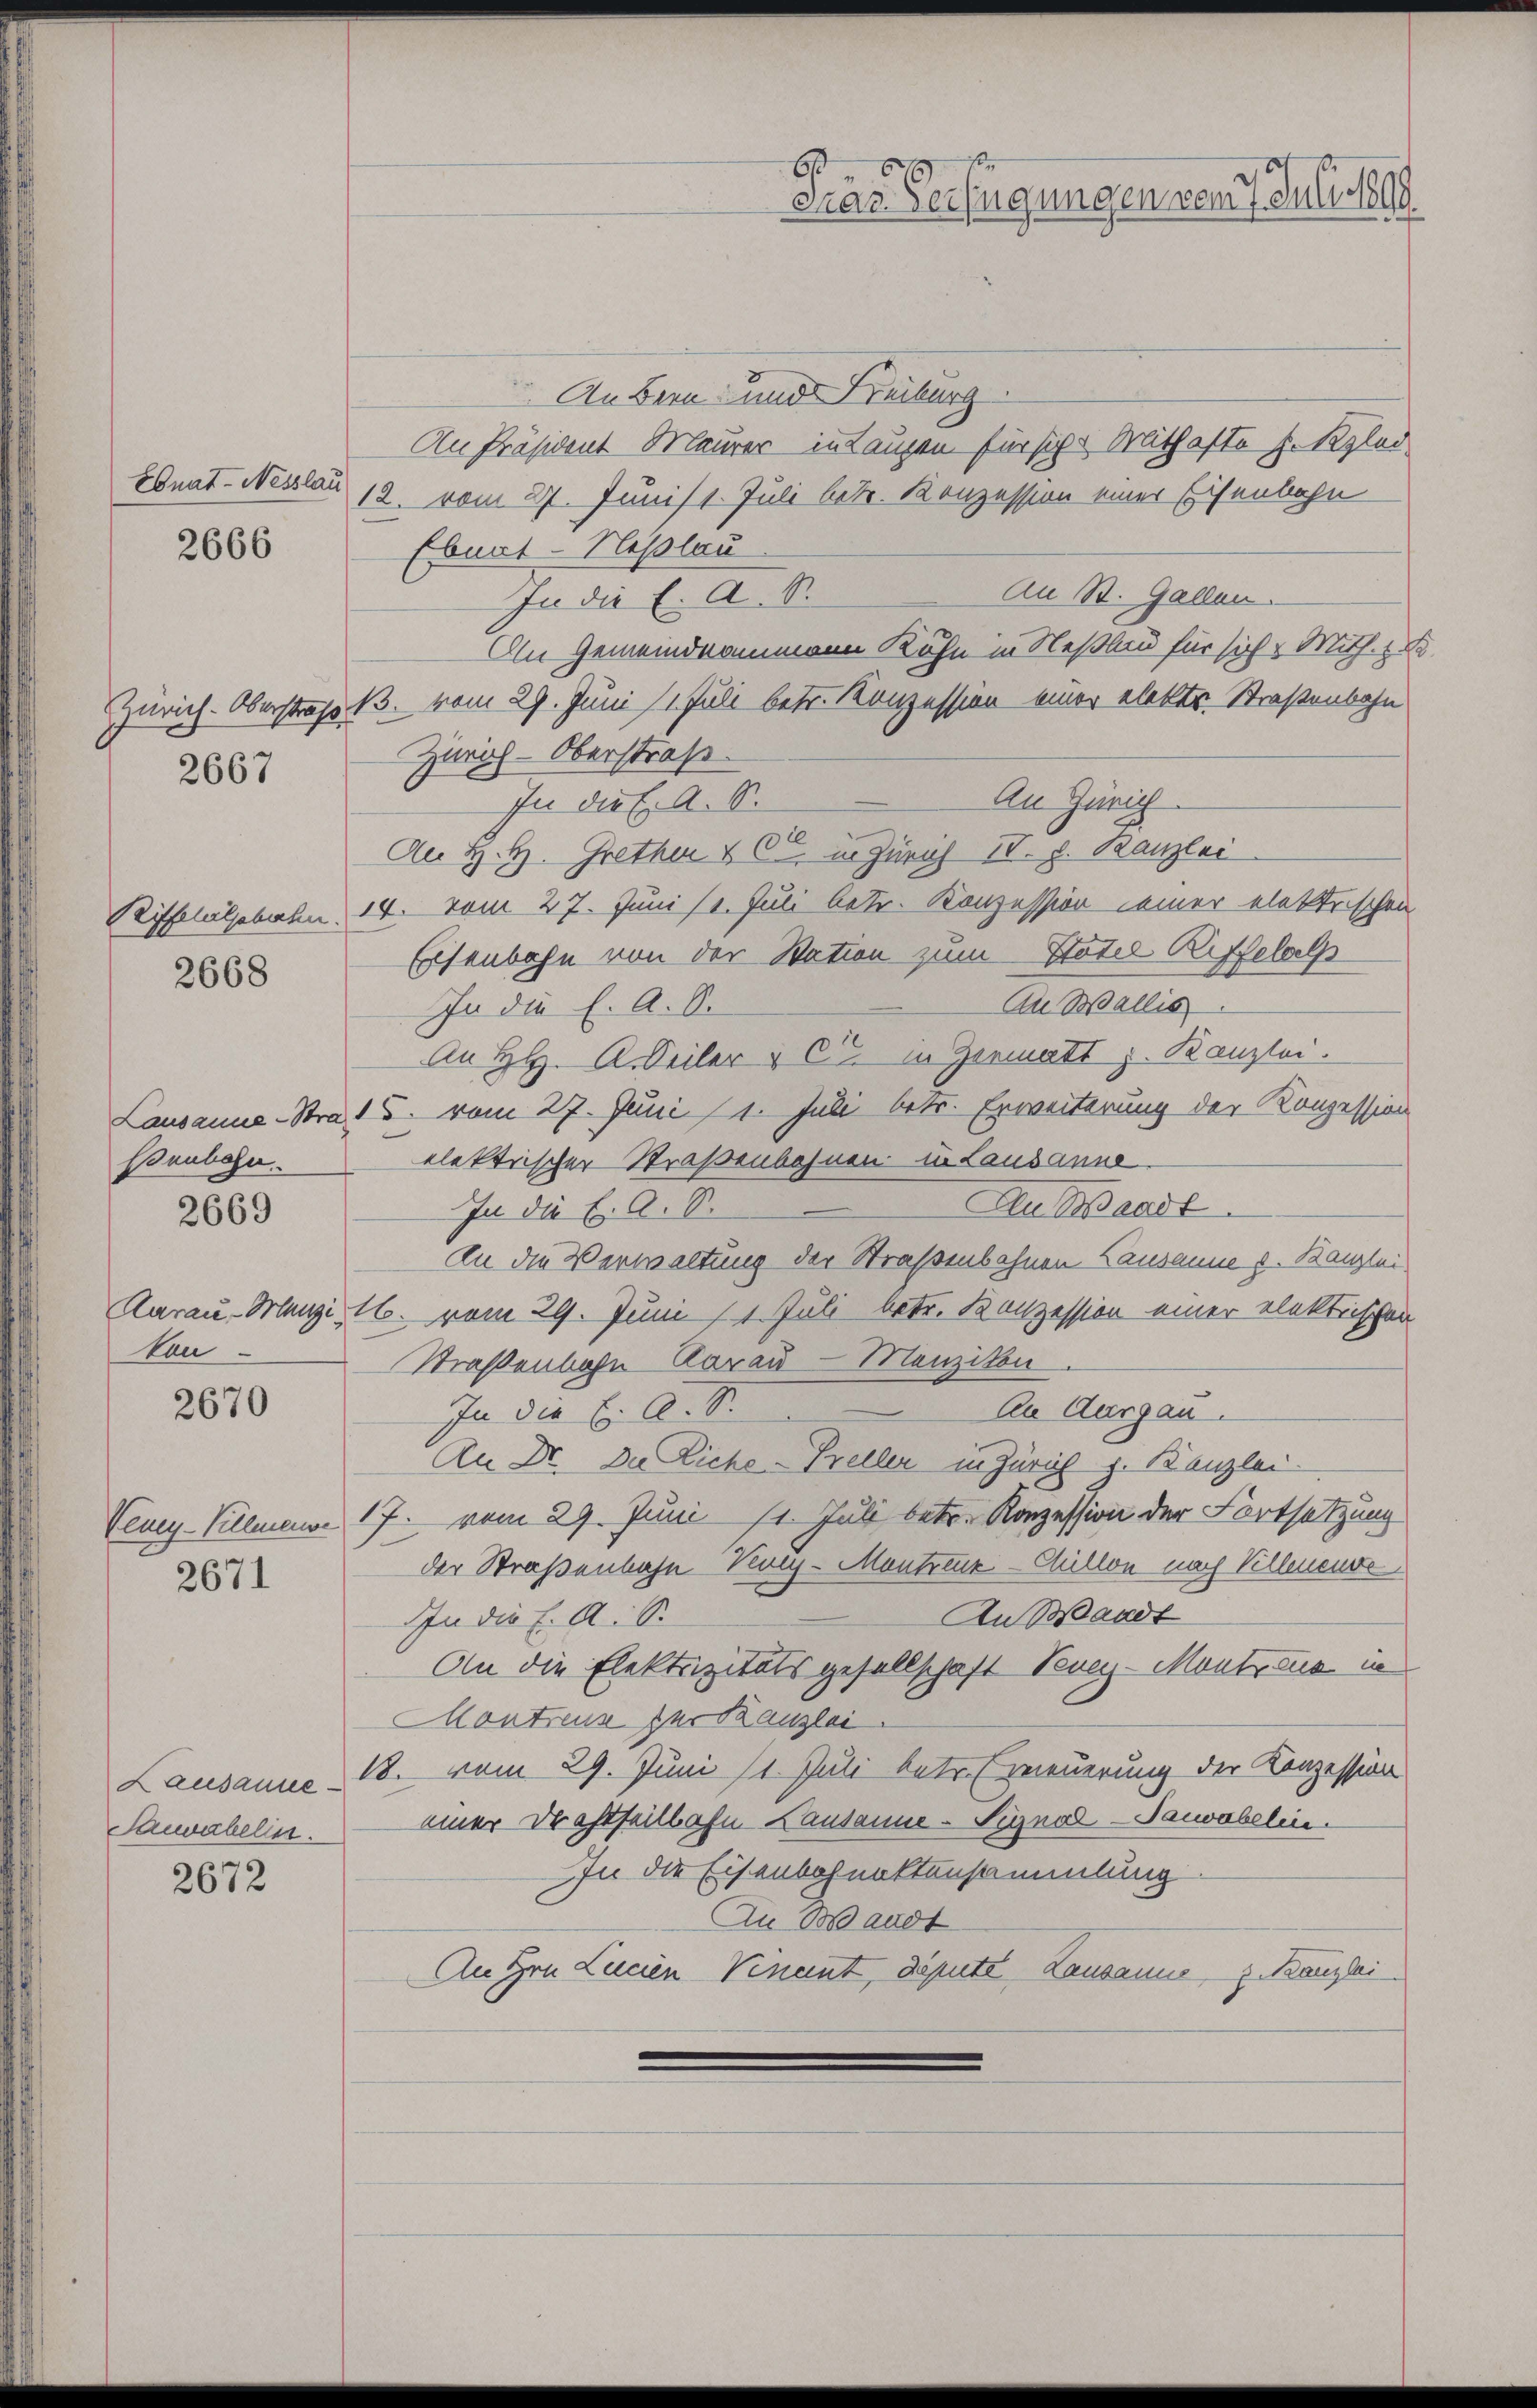
Ebnat- Nesslau

2666

2667

Riffeluljahrahn
2668

senbahn.
2669

ton

2670

2671

2672

Samvabelin.

66 xx
Dras Verfügungen vom 7. Juli 1890.

An Bern- und Freiburg.
An Präsident Maurer in Laupen für siche Mithafte I. Klei
12. vom 27. Junis 1. Juli betr. Konzession einer Eisenbahn
Ebnat-Neplau
An St. Gallen.
In die E. A. S.
An Gemeindeammann Kuhn in Neßlau für sich Mith. 18.
Zürich-Oberstraße 13. vom 29. Juni 11 Juli betr. Konzession einer elektr. Straßenbahn
Zürich-Oberstraß
An Zürich
In die E. A. S.
An H. H. Grethen & Cie in Zürich IV. d. Kanzlei
14. vom 27. Juni (1. Juli betr. Konzession seiner elektrischen
Esenbahn von der Station zum Stotel Riffelsl
An Wallis
In die E. a. O.
An H. A. Seiler & Cie in Germatt z. Kanzlei.
Lausanne-Stral S. vom 27. Juni 11. Juli betr. Erweiterung der Konzession
elektrischer Straßenbahnen u Lausanne
Au Waadt.
In die E. A. S.
An die Verwaltung der Straßenbahnen Lausanne u. Kanzlei
Aarau-Menzi, 16. vom 29. Juni 11. Juli betr. Konzession einer elektrischen
Straßenbahn Aarau Menzikon.
An Aargau.
In die l. A. S.
An Dr. Du Lich-Preller in Zürich z. Banzlei
Vevey-Villmann 17. vom 29. Juni 11. Juli betr. Konzession der Fortsetzung
der Straßenbahn Kon-Montreuz-Cillon nach Velleneuve
An Waadt
In die E. A. S.
An die Elektrizitätsgesellschaft Vevey-Mont aus in
Montreur der Kanzlei.
Lausanne 18. vom 29. Juni 11. Juli betr. Erneuerung der Konzession
einer Drahtheilbahn Lausanne-Signal-Saivabelin.
In die Eisenbefunktensammlung
In Waadt
An Hrn. Lucien Vinent, depute Lausanne z. Kanzlei